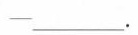
-___.